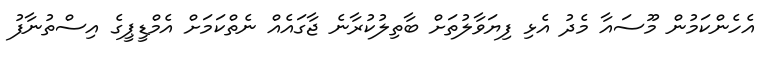
އެހެންކަމުން މޫސައާ މެދު އެޅި ފިޔަވާލުތަށް ބާތިލުކުރާނެ ޖާގައެއް ނެތްކަމަށް އެމްޑީޕީގެ އިސްތުނާފު